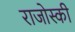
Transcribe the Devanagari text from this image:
राजोस्की